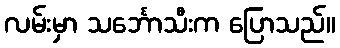
လမ်းမှာ သင်္ဘောသီးက ပြောသည်။